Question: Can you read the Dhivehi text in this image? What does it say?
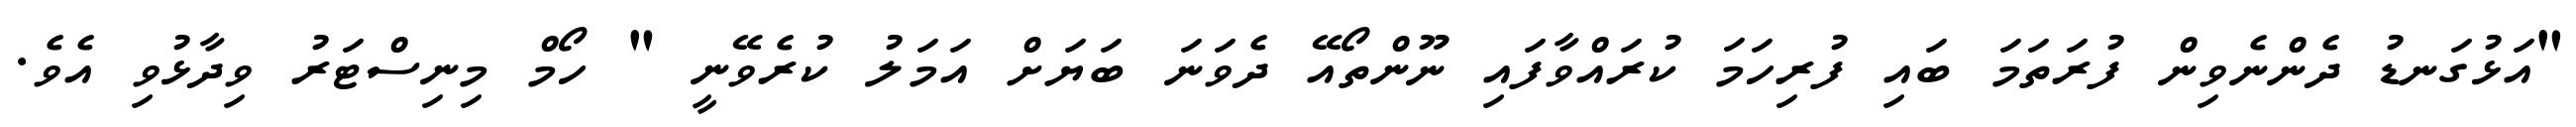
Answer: "އަޅުގަނޑު ދެންނެވިން ފުރަތަމަ ބައި ފުރިހަމަ ކުރައްވާފައި ނޫންތޯއޭ ދެވަނަ ބަޔަށް އަމަލު ކުރެވޭނީ " ހޯމް މިނިސްޓަރު ވިދާޅުވި އެވެ.